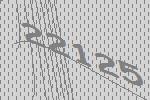
22125